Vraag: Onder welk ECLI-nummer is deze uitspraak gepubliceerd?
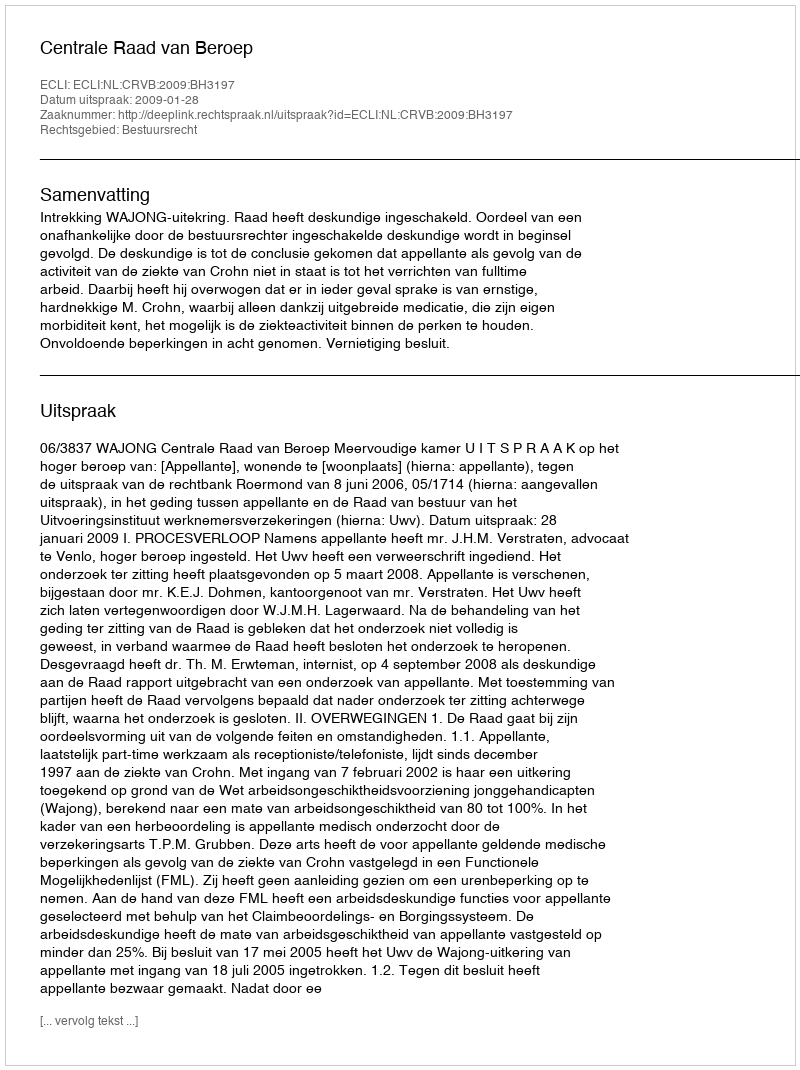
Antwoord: ECLI:NL:CRVB:2009:BH3197